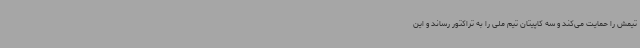
تیمش را حمایت می‌کند و سه کاپیتان تیم ملی را به تراکتور رساند و این